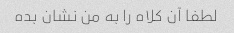
لطفا آن کلاه را به من نشان بده